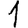
Digit: 1